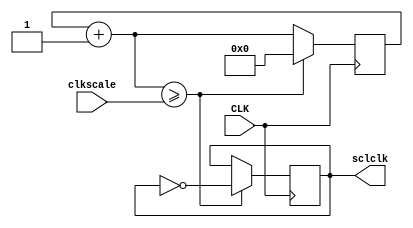
`timescale 1ns / 1ps
//////////////////////////////////////////////////////////////////////////////////
// Company: 
// Engineer: 
// 
// Design Name: 
// Module Name:    clock 
// Project Name: 
// Target Devices: 
// Tool versions: 
// Description: 
//
// Dependencies: 
//
// Revision: 
// Revision 0.01 - File Created
// Additional Comments: 
//
//////////////////////////////////////////////////////////////////////////////////


module clock(input CLK, input [31:0] clkscale, output reg sclclk);
									// CLK crystal clock oscillator 100 MHz
reg [31:0] clkq = 0;			// clock register, initial value of 0
	
always@(posedge CLK)
	begin
		clkq=clkq+1;			// increment clock register
			if (clkq>=clkscale)  	// clock scaling
				begin
					sclclk=~sclclk;	// output clock
					clkq=0;		// reset clock register
				end
	 end

endmodule